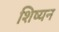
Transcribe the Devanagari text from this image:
शिष्यन